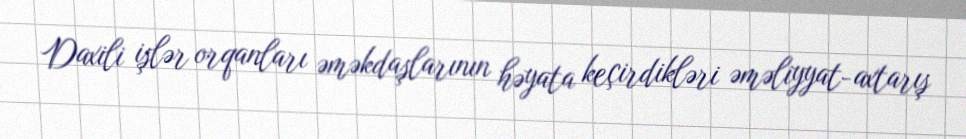
Daxili işlər orqanları əməkdaşlarının həyata keçirdikləri əməliyyat-axtarış